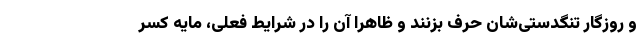
و روزگار تنگدستی‌شان حرف بزنند و ظاهرا آن را در شرایط فعلی، مایه کسر